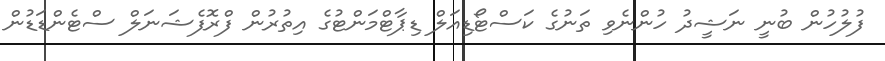
ފުލުހުން ބުނީ ނަޝީދު ހުންނެވި ތަނުގެ ކަސްޓޯޑިއަލް ޑިޕާޓްމަންޓުގެ އިތުރުން ފްރޮފެޝަނަލް ސްޓެންޑަޑުން